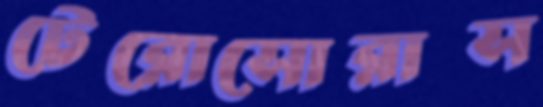
টেরোসোরাস